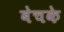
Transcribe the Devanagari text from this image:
बेचके